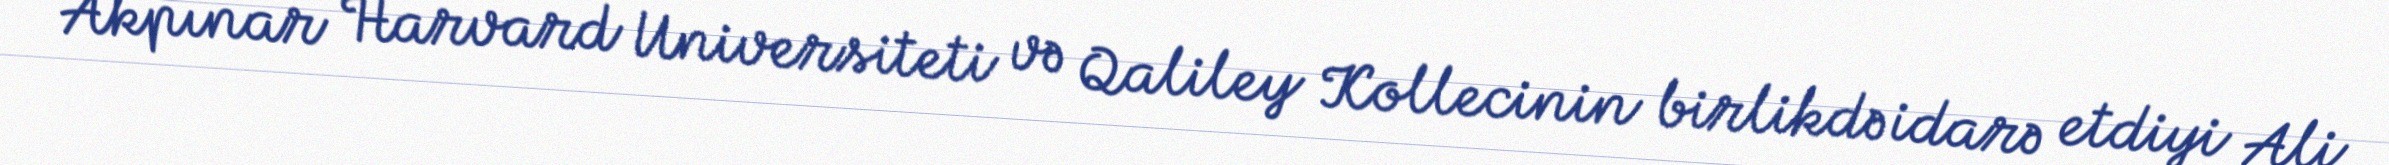
Akpınar Harvard Universiteti və Qaliley Kollecinin birlikdə idarə etdiyi Ali